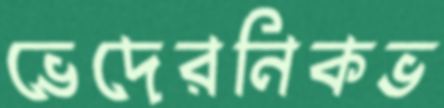
ভেদেরনিকভ